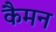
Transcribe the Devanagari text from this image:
कैमन